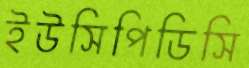
ইউসিপিডিসি